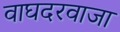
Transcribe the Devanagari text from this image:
वाघदरवाजा